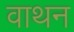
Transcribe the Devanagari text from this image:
वाथन